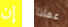
إن عماذا